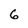
Character: 6